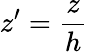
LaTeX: z^{\prime}=\frac{z}{h}